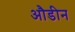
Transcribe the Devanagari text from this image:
औडीन